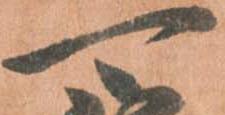
可